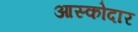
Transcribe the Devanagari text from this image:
आस्कोदार